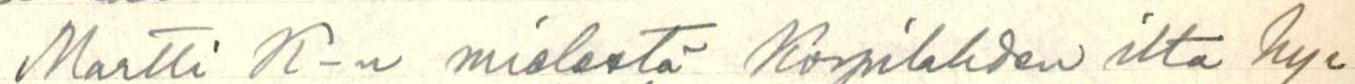
Martti K-n mielestä Korpilahden ilta hy=